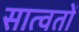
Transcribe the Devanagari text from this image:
सात्वतों